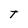
Character: T